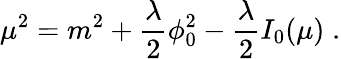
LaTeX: \mu^{2}=m^{2}+{\frac{\lambda}{2}}\phi_{0}^{2}-{\frac{\lambda}{2}}I_{0}(\mu)\; .